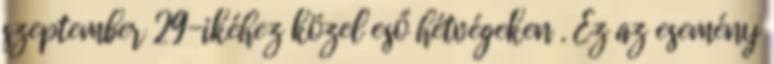
szeptember 29-ikéhez közel eső hétvégeken . Ez az esemény